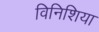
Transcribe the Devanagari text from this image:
विनिशिया